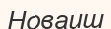
Новаиш